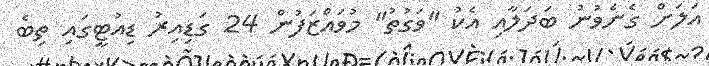
އަލަށް ގެނެވުނު ބަދަލާއި އެކު "ވަގުތު" މުވައްޒަފުން 24 ގަޑިއިރު ޑިއުޓީގައި ތިބެ